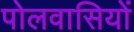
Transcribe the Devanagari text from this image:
पोलवासियों